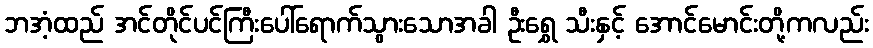
ဘအံ့ထည် အင်တိုင်ပင်ကြီးပေါ်ရောက်သွားသောအခါ ဦးရွှေ သီးနှင့် အောင်မောင်းတို့ကလည်း